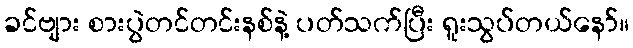
ခင်ဗျား စားပွဲတင်တင်းနစ်နဲ့ ပတ်သက်ပြီး ရူးသွပ်တယ်နော်။